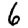
Digit: 6